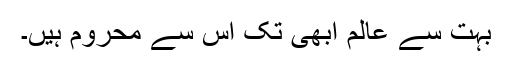
بہت سے عالم ابھی تک اس سے محروم ہیں۔